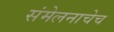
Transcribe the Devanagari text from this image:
संमेलनाचेच